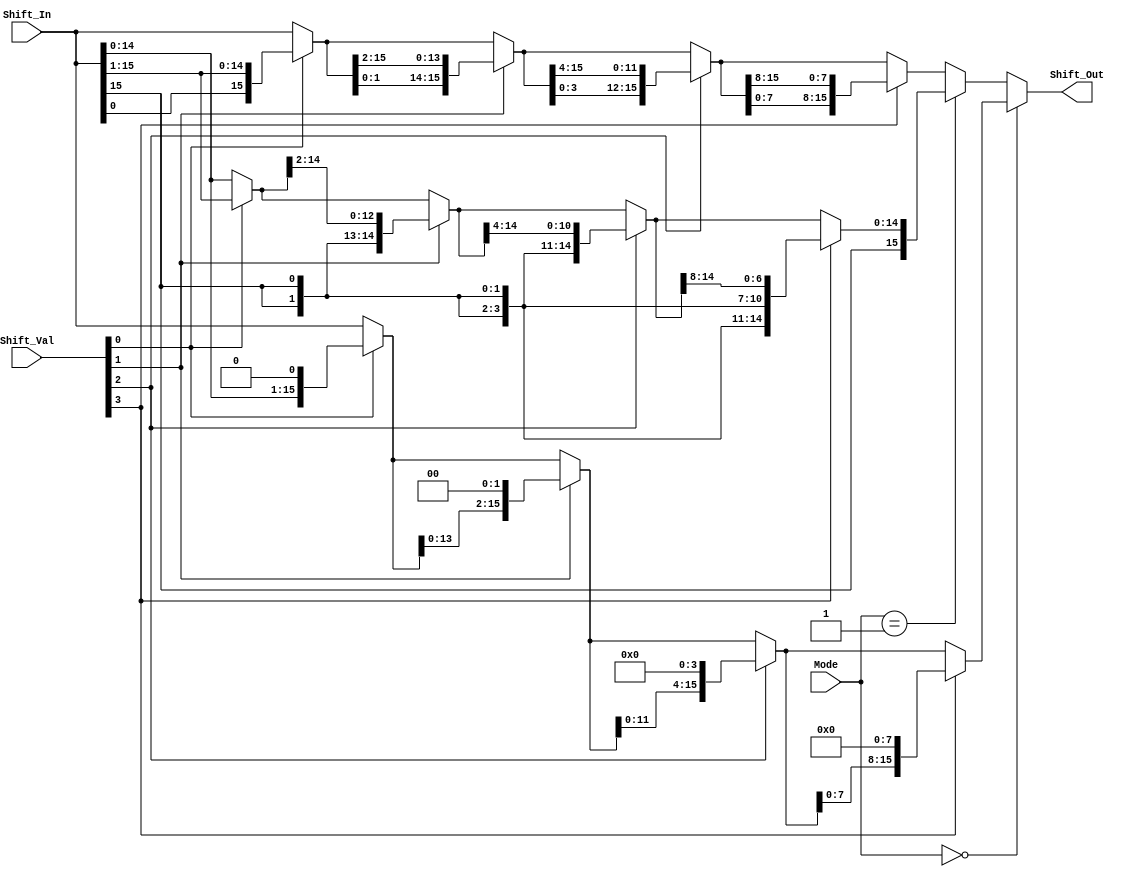
module Shifter(Shift_Out, Shift_In, Shift_Val, Mode);
input[15:0] Shift_In; 	//victim
input[3:0] Shift_Val; 	//shift amount
input [1:0] Mode; 		//select value
output [15:0] Shift_Out;	//Shifter Value

// intermediates
wire [15:0] ars1, ars2, ars4, ars8; // Arithmetic Right Shifts
wire [15:0] lsl1, lsl2, lsl4, lsl8; // Logical Shift Left
wire [15:0] ror1, ror2, ror4, ror8;

// Arithemetic Right Shift
assign ars1 = Shift_Val[0] ? {Shift_In[15], Shift_In[15:1]}: Shift_In[15:0];
assign ars2 = Shift_Val[1] ? {{2{ars1[15]}}, ars1[15:2]}: ars1[15:0];
assign ars4 = Shift_Val[2] ? {{4{ars2[15]}}, ars2[15:4]}: ars2[15:0];
assign ars8 = Shift_Val[3] ? {{8{ars4[15]}}, ars4[15:8]}: ars4[15:0];

// Logical Shift Left
assign lsl1 = Shift_Val[0] ? {Shift_In[14:0], 1'b0} : Shift_In[15:0];
assign lsl2 = Shift_Val[1] ? {lsl1[13:0], {2{1'b0}}} : lsl1[15:0];
assign lsl4 = Shift_Val[2] ? {lsl2[11:0], {4{1'b0}}} : lsl2[15:0];
assign lsl8 = Shift_Val[3] ? {lsl4[7:0], {8{1'b0}}} : lsl4[15:0];

// Rotate Right
assign ror1 = Shift_Val[0] ? {Shift_In[0], Shift_In[15:1]}: Shift_In[15:0];
assign ror2 = Shift_Val[1] ? {{ror1[1:0]}, ror1[15:2]}: ror1[15:0];
assign ror4 = Shift_Val[2] ? {{ror2[3:0]}, ror2[15:4]}: ror2[15:0];
assign ror8 = Shift_Val[3] ? {{ror4[7:0]}, ror4[15:8]}: ror4[15:0];


// decide whether shifting left or right
assign Shift_Out = (Mode == 2'b00) ? lsl8 : ((Mode == 2'b01) ? ars8 : ror8);

endmodule